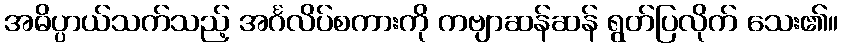
အဓိပ္ပာယ်သက်သည့် အင်္ဂလိပ်စကားကို ကဗျာဆန်ဆန် ရွတ်ပြလိုက် သေး၏။